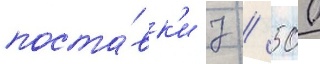
поста́вк'и 7 / 500